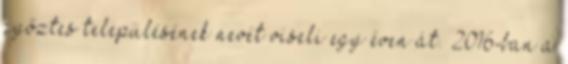
győztes településének nevét viseli egy éven át. 2016-ban a